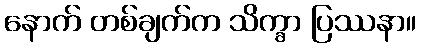
နောက် တစ်ချက်က သိက္ခာ ပြဿနာ။